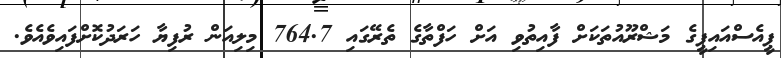
ޕީއެސްއައިޕީގެ މަޝްރޫއުތަކަށް ފާއިތުވި އަށް ހަފްތާގެ ތެރޭގައި 764.7 މިލިއަން ރުފިޔާ ހަރަދުކޮށްފައިވެއެވެ.